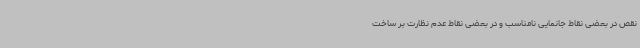
نقص در بعضی نقاط جانمایی نامناسب و در بعضی نقاط عدم نظارت بر ساخت